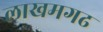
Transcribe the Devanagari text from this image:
लाखमगढ